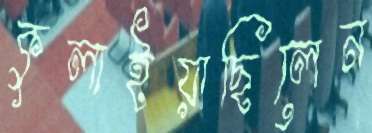
কুলাইয়াছিলেন